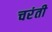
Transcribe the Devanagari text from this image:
चरंती